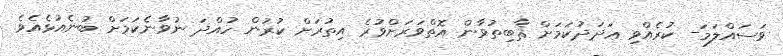
ވަސައްލަމަ- ކުރެއްވި ޢަދަދުކަމަށް ޘާބިތުވާން އޮތްވަރަށްވުރެ އިތުރަށް ކުރުން ހުއްދަ ނުވާނެކަމަށް ބުނެއުޅެއެވެ.